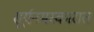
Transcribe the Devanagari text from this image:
सूर्यनमस्कारात